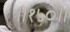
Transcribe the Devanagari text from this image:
॥१५०॥